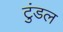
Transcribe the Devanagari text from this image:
टुंडल